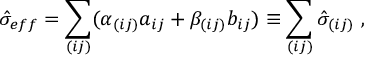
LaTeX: \hat { \sigma } _ { e f f } = \sum _ { ( i j ) } ( \alpha _ { ( i j ) } a _ { i j } + \beta _ { ( i j ) } b _ { i j } ) \equiv \sum _ { ( i j ) } \hat { \sigma } _ { ( i j ) } ~ ,